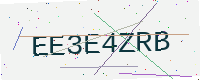
Text: EE3E4ZRB